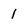
Character: 1